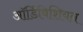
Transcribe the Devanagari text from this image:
ऑर्डिविशियन